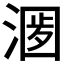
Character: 𣺀